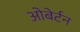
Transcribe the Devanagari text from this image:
ओबेर्टन